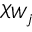
\chi _ { W _ { j } }